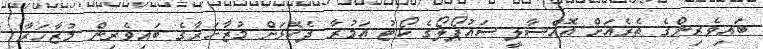
ބައިވެރިންގެ ތެރެއަށް އޮއްސާލީ ސައުޕޯލޯގެ ކޯޓު އަމުރާ ދެކޮޅަށް މުޒާހަރާގެ ބައިވެރިން މުޒާހަރާ